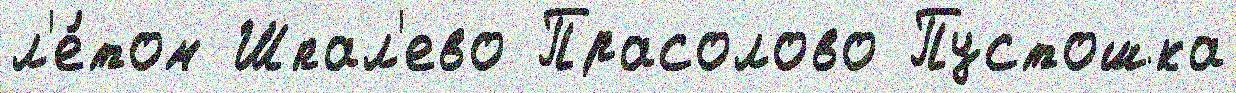
л'е́том Шпал'ево Прасолово Пустошка